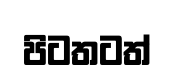
පිටතටත්